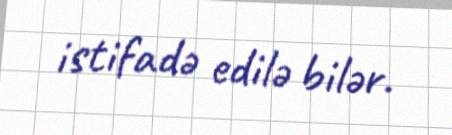
istifadə edilə bilər.